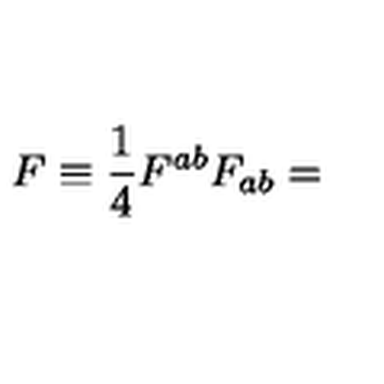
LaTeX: F \equiv \frac { 1 } { 4 } F ^ { a b } F _ { a b } =